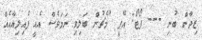
ޒިދާން ބުނި --- ފޯޓޯ: އޭޕީ "މެޗުން ބަލިވި ނަމަވެސް އެއީ ފެއިލިއާއެއް